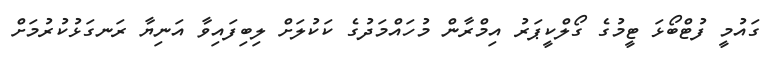
ގައުމީ ފުޓްބޯޅަ ޓީމުގެ ގޯލްކީޕަރު އިމްރާން މުހައްމަދުގެ ކަކުލަށް ލިބިފައިވާ އަނިޔާ ރަނގަޅުކުރުމަށް